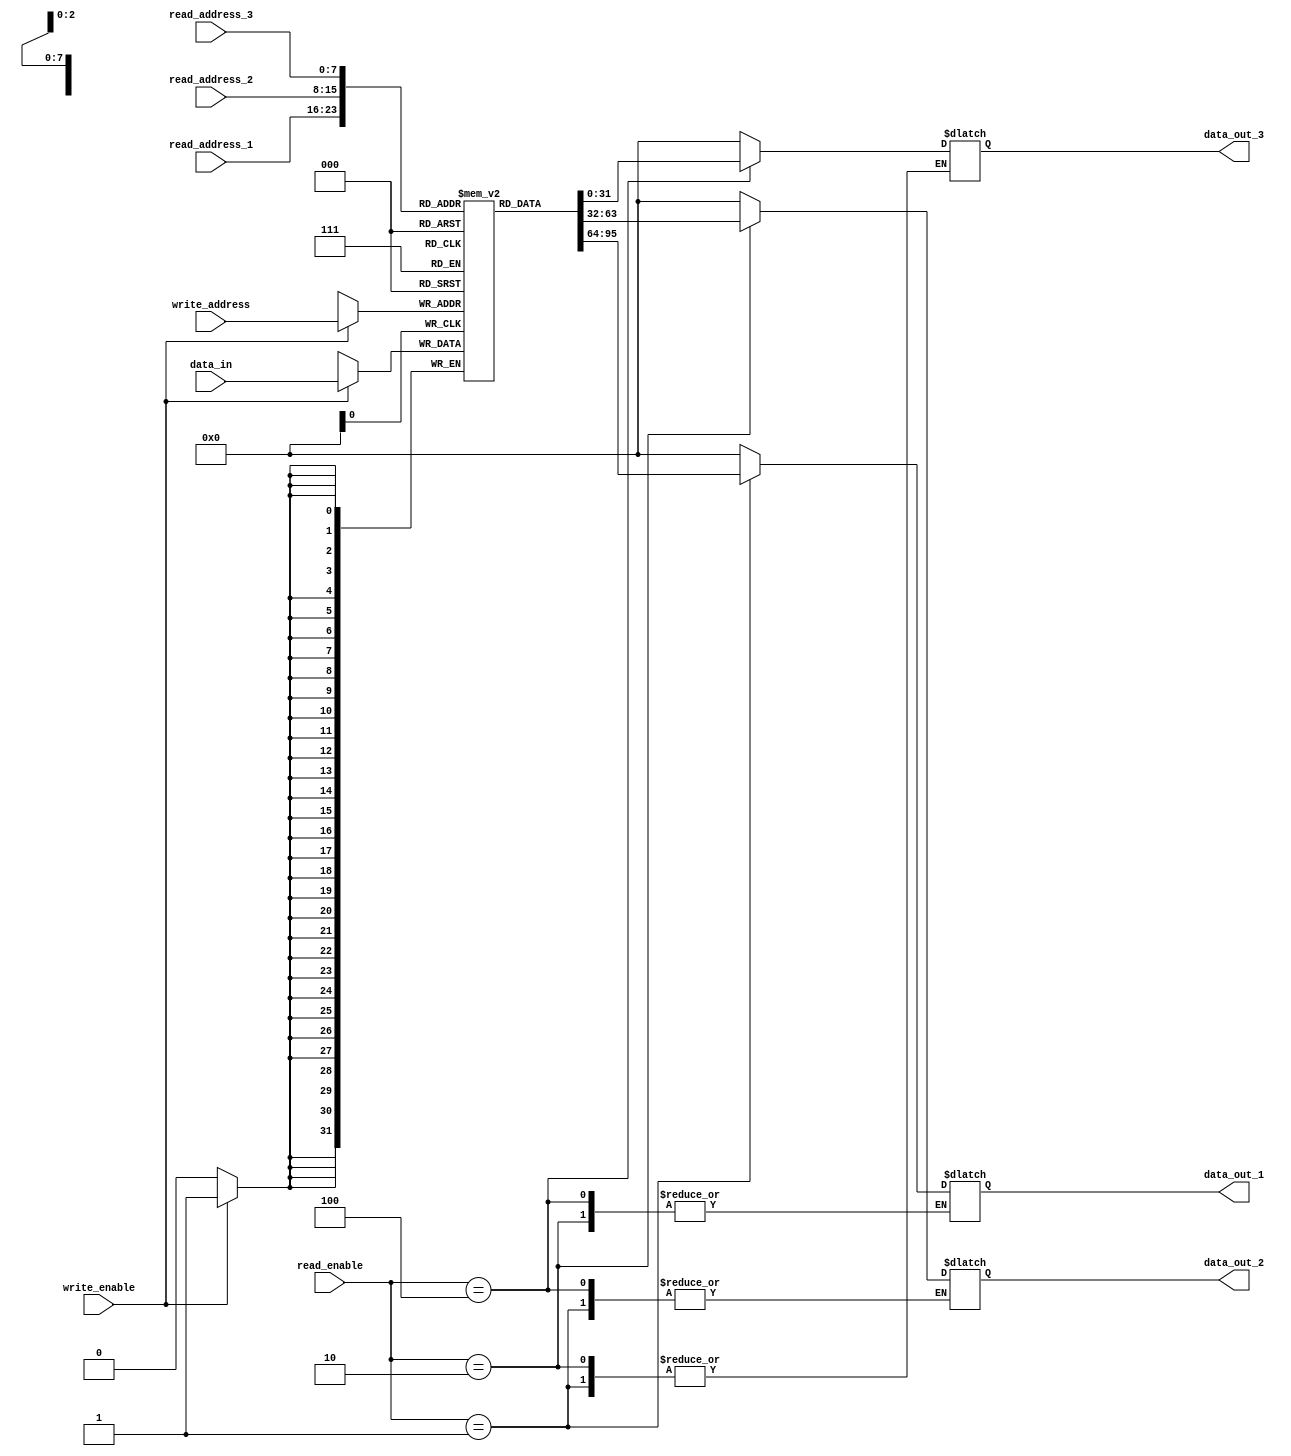
module register_file (
  input wire [7:0] read_address_1,
  input wire [7:0] read_address_2,
  input wire [7:0] read_address_3,
  input wire [7:0] write_address,
  input wire [31:0] data_in,
  input wire write_enable,
  input wire [2:0] read_enable,
  output wire [31:0] data_out_1,
  output wire [31:0] data_out_2,
  output wire [31:0] data_out_3
);

reg [31:0] memory [0:255];

always @ (posedge clock) begin
  if (write_enable) begin
    memory[write_address] <= data_in;
  end
end

always @* begin
  case(read_enable)
    3'b001: begin
      data_out_1 <= memory[read_address_1];
    end
    3'b010: begin
      data_out_2 <= memory[read_address_2];
    end
    3'b100: begin
      data_out_3 <= memory[read_address_3];
    end
    default: begin
      data_out_1 <= 32'b0;
      data_out_2 <= 32'b0;
      data_out_3 <= 32'b0;
    end
  endcase
end

endmodule